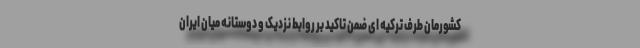
کشورمان طرف ترکیه ای ضمن تاکید بر روابط نزدیک و دوستانه میان ایران